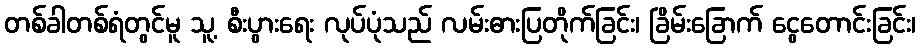
တစ်ခါတစ်ရံတွင်မူ သူ့ စီးပွားရေး လုပ်ပုံသည် လမ်းဓားပြတိုက်ခြင်း၊ ခြိမ်းခြောက် ငွေတောင်းခြင်း၊